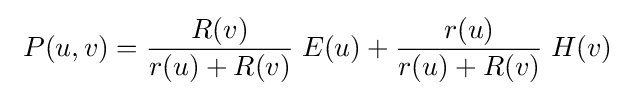
\ P(u,v)={\frac {R(v)}{r(u)+R(v)}}\;E(u)+{\frac {r(u)}{r(u)+R(v)}}\;H(v)\